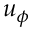
u _ { \phi }